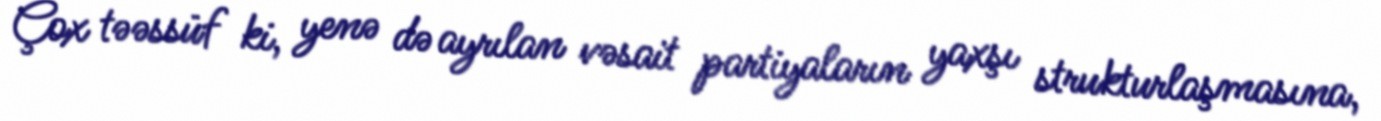
Çox təəssüf ki, yenə də ayrılan vəsait partiyaların yaxşı strukturlaşmasına,